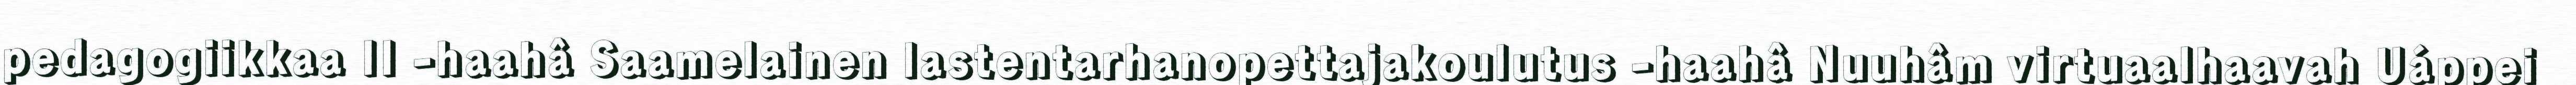
pedagogiikkaa II -haahâ Saamelainen lastentarhanopettajakoulutus -haahâ Nuuhâm virtuaalhaavah Uáppei